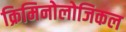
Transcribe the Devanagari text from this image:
क्रिमिनोलोजिकल